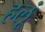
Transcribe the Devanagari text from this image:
हलूं